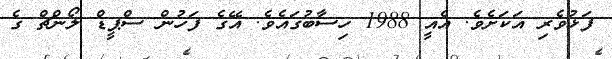
ފަޅުވެރި އަކަށެވެ. އެއީ 1988 ހިސާބުގައެވެ. އޭގެ ފަހުން ސްޕީޑް ލޯންޗް ގެ